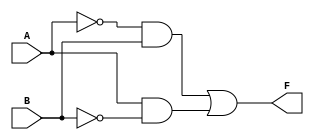
module two_variable_kmap (
    input wire A,  // First input variable
    input wire B,  // Second input variable
    output wire F  // Output variable
);

// Logic implementation based on the K-map
assign F = (~A & B) | (A & ~B);

endmodule